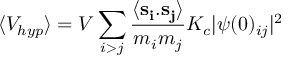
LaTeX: \langle V _ { h y p } \rangle = V \sum _ { i > j } \frac { \langle { \bf s _ { i } } . { \bf s _ { j } } \rangle } { m _ { i } m _ { j } } K _ { c } | \psi ( 0 ) _ { i j } | ^ { 2 }